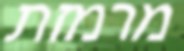
מרמזת